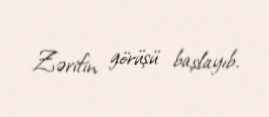
Zərifin görüşü başlayıb.